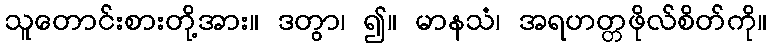
သူတောင်းစားတို့အား။ ဒတွာ၊ ၍။ မာနသံ၊ အရဟတ္တဖိုလ်စိတ်ကို။